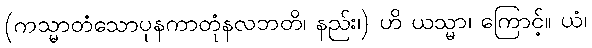
(ကသ္မာတံသောပုနကာတုံနလဘတိ၊ နည်း၊) ဟိ ယသ္မာ၊ ကြောင့်။ ယံ၊